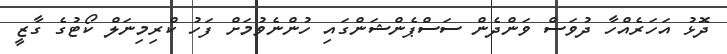
ދޮޅު އަހަރެއްހާ ދުވަސް ވަންދެން ސަސްޕެންޝަންގައި ހުންނެވުމަށް ފަހު ކްރިމިނަލް ކޯޓުގެ ގާޒީ